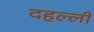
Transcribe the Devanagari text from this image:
दहल्ली